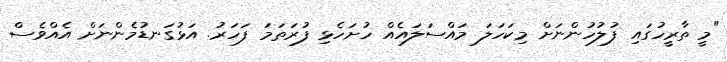
"މީ ތާރީހުގައި ފުލުހުންނަށް މިކަހަލަ މައްސަލައެއް ހުށަހެޅި ފުރަތަމަ ފަހަރު. އަޅުގަނޑުމެންނަށް އެއްވެސް